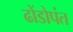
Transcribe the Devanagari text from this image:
ढोंडोपंत